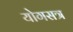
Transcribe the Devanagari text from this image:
योगसत्र